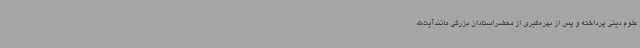
علوم دینی پرداخته و پس از بهره‌گیری از محضراستادان بزرگی مانندآیت‌الله